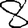
Digit: 8